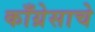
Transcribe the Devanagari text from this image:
काँग्रेसाचे